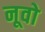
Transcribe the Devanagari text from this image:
नूवो